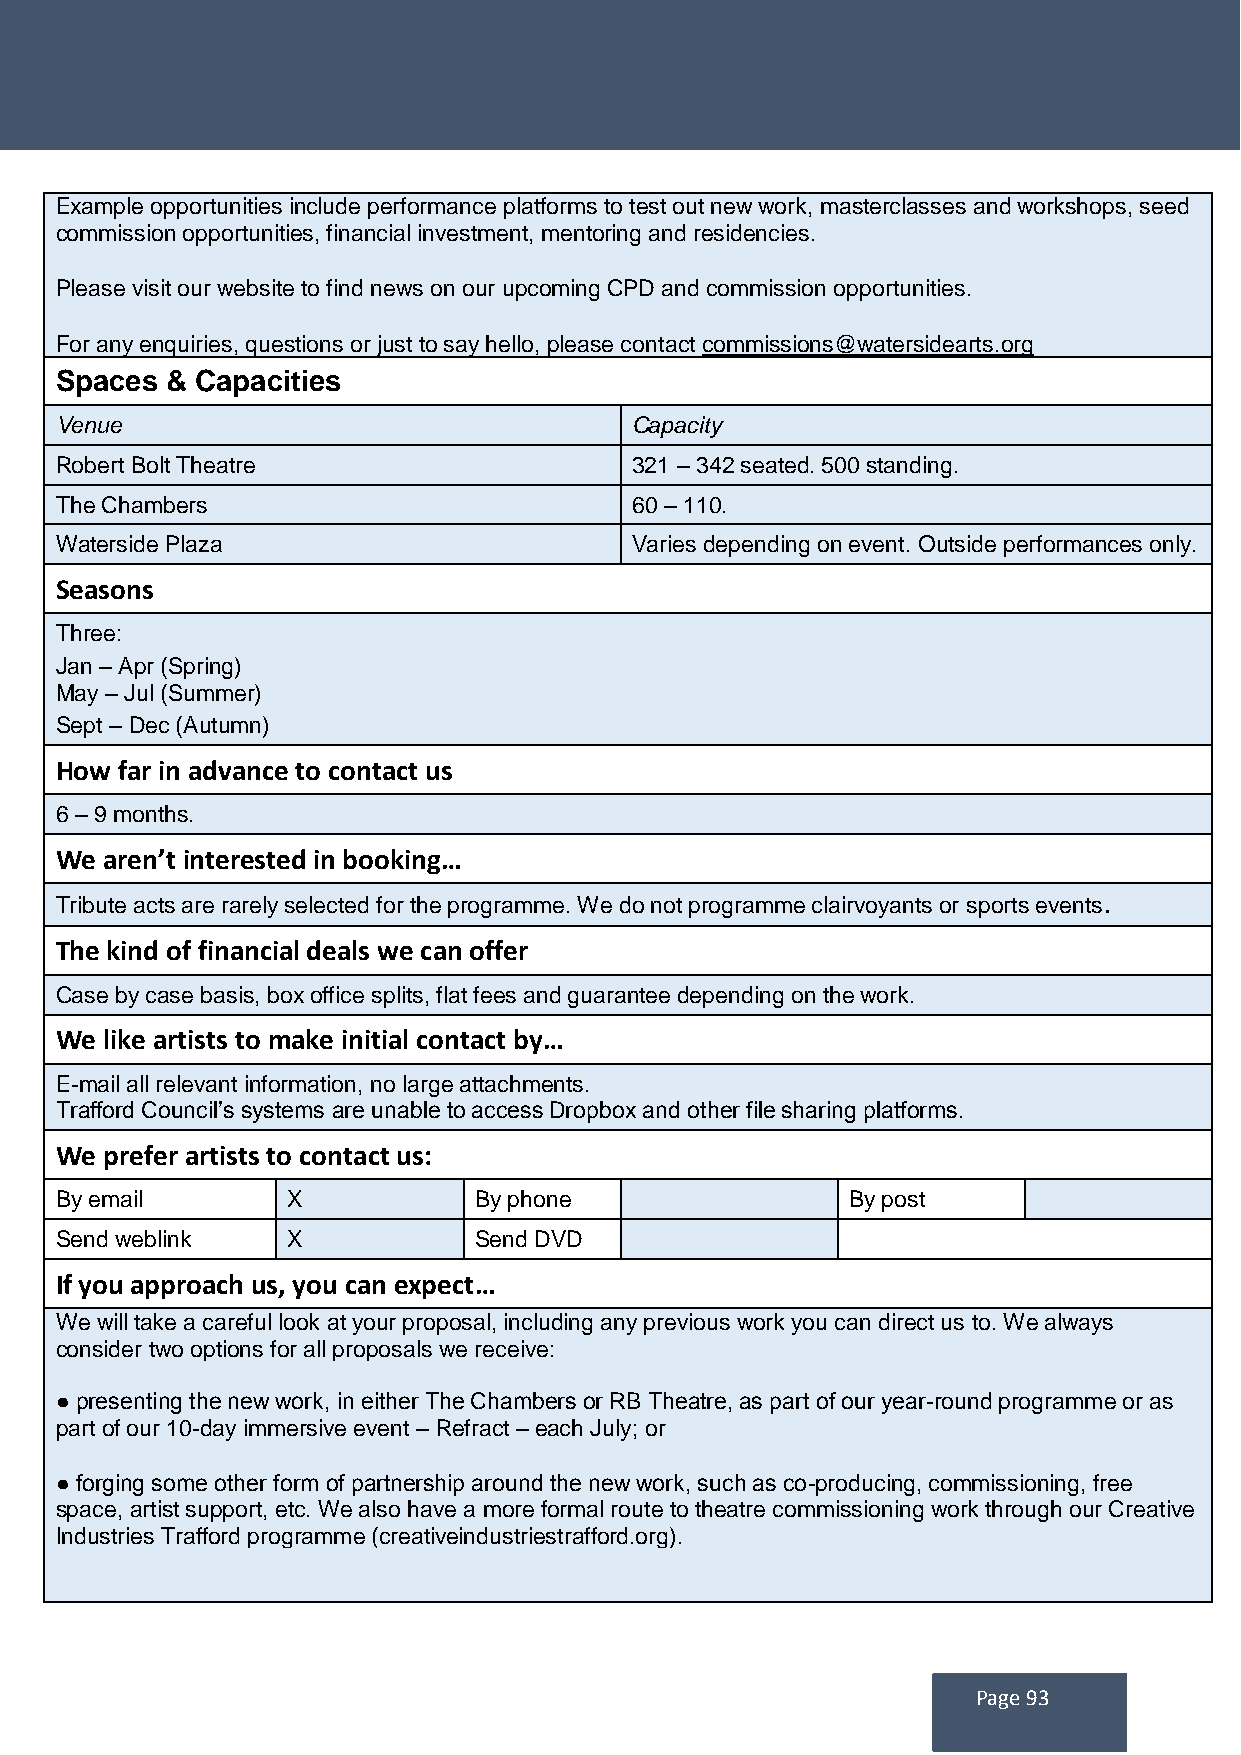
Example opportunities include performance platforms to test out new work, masterclasses and workshops, seed
 commission opportunities, financial investment, mentoring and residencies.
 Please visit our website to find news on our upcoming CPD and commission opportunities.
 For any enquiries, questions or just to say hello, please contact commissions@watersidearts.org
 Spaces & Capacities
 Venue                                 Capacity
 Robert Bolt Theatre                   321 – 342 seated. 500 standing.
 The Chambers                          60 – 110.
 Waterside Plaza                       Varies depending on event. Outside performances only.
 Seasons
 Three:
 Jan – Apr (Spring)
 May – Jul (Summer)
 Sept – Dec (Autumn)
 How far in advance to contact us
 6 – 9 months.
 We aren’t interested in booking…
 Tribute acts are rarely selected for the programme. We do not programme clairvoyants or sports events.
 The kind of financial deals we can offer
 Case by case basis, box office splits, flat fees and guarantee depending on the work.
 We like artists to make initial contact by…
 E-mail all relevant information, no large attachments.
 Trafford Council’s systems are unable to access Dropbox and other file sharing platforms.
 We prefer artists to contact us:
 By email       X           By phone                 By post
 Send weblink   X           Send DVD
 If you approach us, you can expect…
 We will take a careful look at your proposal, including any previous work you can direct us to. We always
 consider two options for all proposals we receive:
 ● presenting the new work, in either The Chambers or RB Theatre, as part of our year-round programme or as
 part of our 10-day immersive event – Refract – each July; or
 ● forging some other form of partnership around the new work, such as co-producing, commissioning, free
 space, artist support, etc. We also have a more formal route to theatre commissioning work through our Creative
 Industries Trafford programme (creativeindustriestrafford.org).
 Page 93